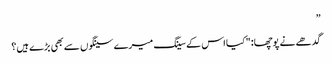
”
گدھے نے پوچھا: "کیا اس کے سینگ میرے سینگوں سے بھی بڑے ہیں؟